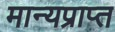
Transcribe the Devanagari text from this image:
मान्यप्राप्त